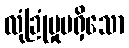
လုံခြုံမှုမရှိသော